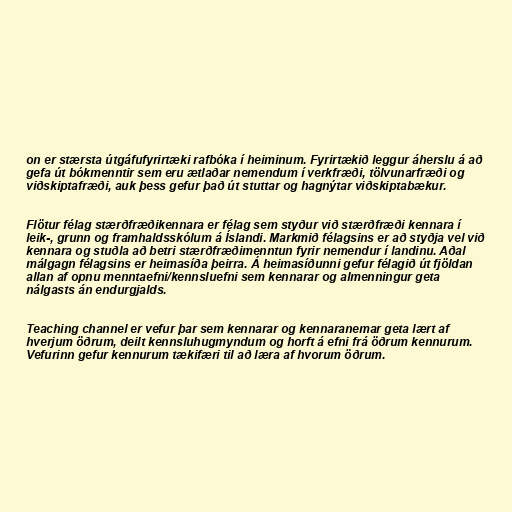
on er stærsta útgáfufyrirtæki rafbóka í heiminum. Fyrirtækið leggur áherslu á að
gefa út bókmenntir sem eru ætlaðar nemendum í verkfræði, tölvunarfræði og
viðskiptafræði, auk þess gefur það út stuttar og hagnýtar viðskiptabækur.

Flötur félag stærðfræðikennara er félag sem styður við stærðfræði kennara í
leik-, grunn og framhaldsskólum á Íslandi. Markmið félagsins er að styðja vel við
kennara og stuðla að betri stærðfræðimenntun fyrir nemendur í landinu. Aðal
málgagn félagsins er heimasíða þeirra. Á heimasíðunni gefur félagið út fjöldan
allan af opnu menntaefni/kennsluefni sem kennarar og almenningur geta
nálgasts án endurgjalds.

Teaching channel er vefur þar sem kennarar og kennaranemar geta lært af
hverjum öðrum, deilt kennsluhugmyndum og horft á efni frá öðrum kennurum.
Vefurinn gefur kennurum tækifæri til að læra af hvorum öðrum.